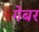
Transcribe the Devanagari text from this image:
गेबर